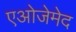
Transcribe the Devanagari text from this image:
एओजेमेद